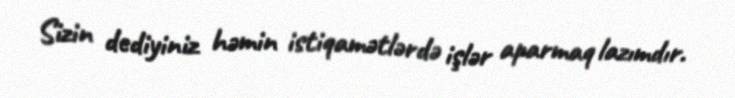
Sizin dediyiniz həmin istiqamətlərdə işlər aparmaq lazımdır.